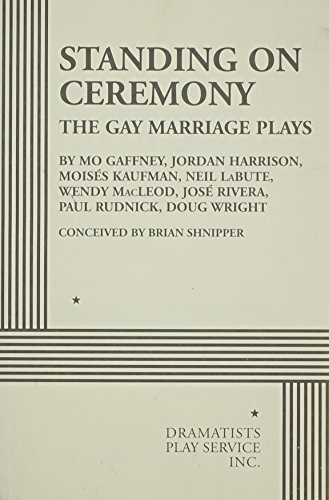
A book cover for Standing on Ceremony: The Gay Marriage Plays; Mo Gaffney; Literature & Fiction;